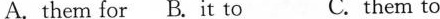
A. them for B. It to C.them to